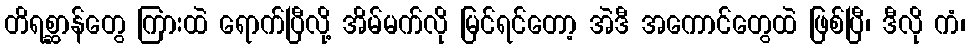
တိရစ္ဆာန်တွေ ကြားထဲ ရောက်ပြီလို့ အိမ်မက်လို မြင်ရင်တော့ အဲဒီ အကောင်တွေထဲ ဖြစ်ပြီ၊ ဒီလို ကံ၊